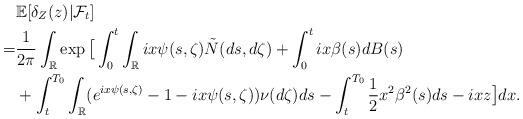
LaTeX: \begin{align*}&\mathbb{E}[\delta_Z(z)|\mathcal{F}_t]\\=& \frac{1}{2\pi}\int_{\mathbb{R}}\exp\big[\int_0^t\int_{\mathbb{R}}ix\psi(s,\zeta)\tilde{N}(ds,d\zeta) +\int_0^t ix\beta(s)dB(s)\\&+\int_t^{T_0}\int_{\mathbb{R}}(e^{ix\psi(s,\zeta)}-1-ix\psi(s,\zeta))\nu(d\zeta)ds-\int_t^{T_0}\frac{1}{2}x^2\beta^2(s)ds-ixz\big]dx.\end{align*}